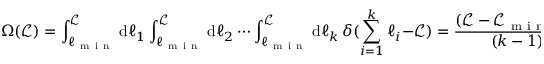
\Omega ( \mathcal { L } ) = \int _ { \ell _ { \mathrm { ~ m ~ i ~ n ~ } } } ^ { \mathcal { L } } \mathrm { d } \ell _ { 1 } \int _ { \ell _ { \mathrm { ~ m ~ i ~ n ~ } } } ^ { \mathcal { L } } \mathrm { d } \ell _ { 2 } \cdots \int _ { \ell _ { \mathrm { ~ m ~ i ~ n ~ } } } ^ { \mathcal { L } } \mathrm { d } \ell _ { k } \, \delta ( \sum _ { i = 1 } ^ { k } \ell _ { i } - \mathcal { L } ) = \frac { ( \mathcal { L } - \mathcal { L } _ { \mathrm { ~ m ~ i ~ n ~ } } ) ^ { k - 1 } } { ( k - 1 ) ! }